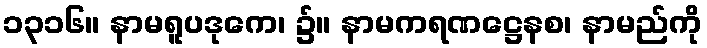
၁၃၁၆။ နာမရူပဒုကေ၊ ၌။ နာမကရဏဋ္ဌေနစ၊ နာမည်ကို